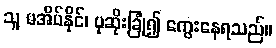
သူ မအိပ်နိုင်၊ ပုဆိုးခြုံ၍ ကွေးနေရသည်။